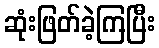
ဆုံးဖြတ်ခဲ့ကြပြီး